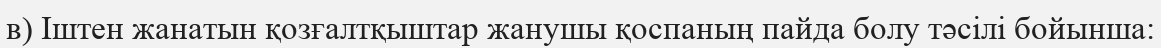
в) Іштен жанатын қозғалтқыштар жанушы қоспаның пайда болу тәсілі бойынша: